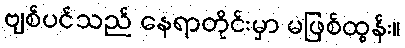
ဗျစ်ပင်သည် နေရာတိုင်းမှာ မဖြစ်ထွန်း။